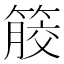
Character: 𥰹